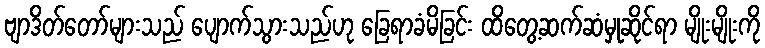
ဗျာဒိတ်တော်များသည် ပျောက်သွားသည်ဟု ခြေရာခံမိခြင်း ထိတွေ့ဆက်ဆံမှုဆိုင်ရာ မျိုးမျိုးကို